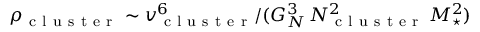
\rho _ { \mathrm { ~ c ~ l ~ u ~ s ~ t ~ e ~ r ~ } } \sim v _ { \mathrm { ~ c ~ l ~ u ~ s ~ t ~ e ~ r ~ } } ^ { 6 } / ( G _ { N } ^ { 3 } \, N _ { \mathrm { ~ c ~ l ~ u ~ s ~ t ~ e ~ r ~ } } ^ { 2 } \, M _ { \star } ^ { 2 } )